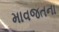
માવજતના